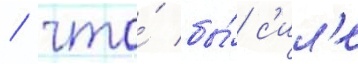
/ что́ бы́ с'ил'е